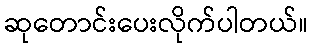
ဆုတောင်းပေးလိုက်ပါတယ်။